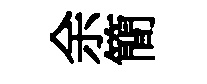
余簡